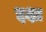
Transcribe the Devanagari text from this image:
इक्षा